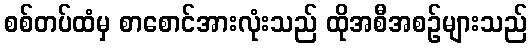
စစ်တပ်ထံမှ စာစောင်အားလုံးသည် ထိုအစီအစဉ်များသည်